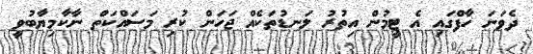
ދެވަނަ ހާފްގައި އެ ޓީމުން އިތުރު ލަނޑުތަކެއް ޖަހަން ކުރި މަސައްކަތް ނާކާމިޔާބުވީ